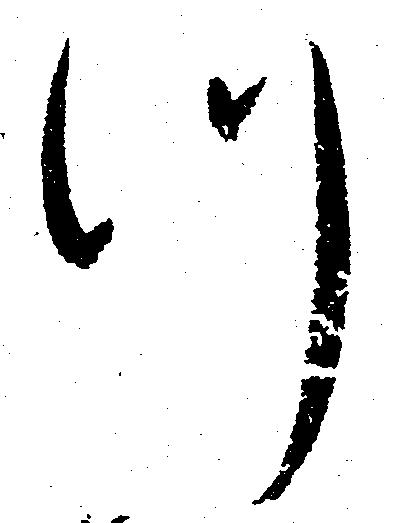
つ